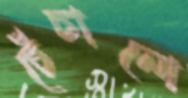
চেঁচানো